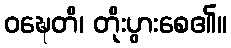
ဝဍ္ဎေတိ၊ တိုးပွားစေ၏။